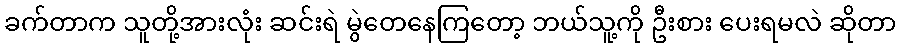
ခက်တာက သူတို့အားလုံး ဆင်းရဲ မွဲတေနေကြတော့ ဘယ်သူ့ကို ဦးစား ပေးရမလဲ ဆိုတာ